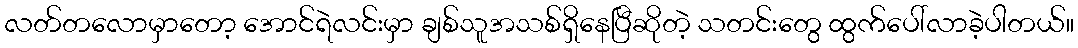
လတ်တလောမှာတော့ အောင်ရဲလင်းမှာ ချစ်သူအသစ်ရှိနေပြီဆိုတဲ့ သတင်းတွေ ထွက်ပေါ်လာခဲ့ပါတယ်။